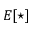
E [ \star ]